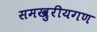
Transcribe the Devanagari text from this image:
समखुरीयगण